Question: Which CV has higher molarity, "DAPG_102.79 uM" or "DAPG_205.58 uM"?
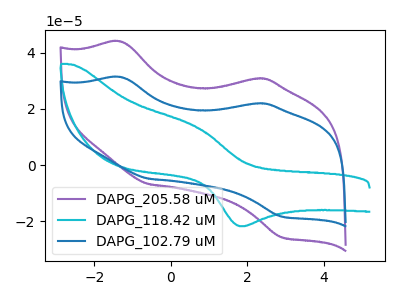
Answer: <think>The purple curve "DAPG_205.58 uM" has anodic peaks at (-1.30V, 44.00uA) (2.20V, 30.80uA) and cathodic peaks at (-0.55V, -6.75uA) (2.90V, -25.60uA). The cyan curve "DAPG_118.42 uM" has an anodic peak at (0.65V, 13.65uA) and a cathodic peak at (1.80V, -21.65uA). The blue curve "DAPG_102.79 uM" has anodic peaks at (-1.30V, 31.35uA) (2.20V, 21.95uA) and cathodic peaks at (-0.55V, -4.80uA) (2.90V, -18.25uA).
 All the peaks in "DAPG_102.79 uM" have a peak in "DAPG_205.58 uM" at the same potential. Every peak in "DAPG_102.79 uM" is lower than every peak in "DAPG_205.58 uM".</think>
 <answer>"DAPG_102.79 uM" has less signal than "DAPG_205.58 uM" and so likely has a lower concentration.</answer>
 <eval>less_concentration</eval>